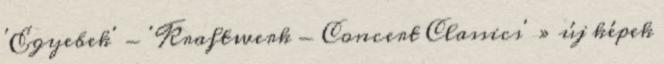
'Egyebek' - 'Kraftwerk - Concert Classics' » új képek